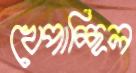
খেপাচ্ছিল